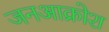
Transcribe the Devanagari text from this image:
जनआक्रोश